65_HS1-834228961_62-HQ-83894_Section_4
Agency: FBI
Page 184
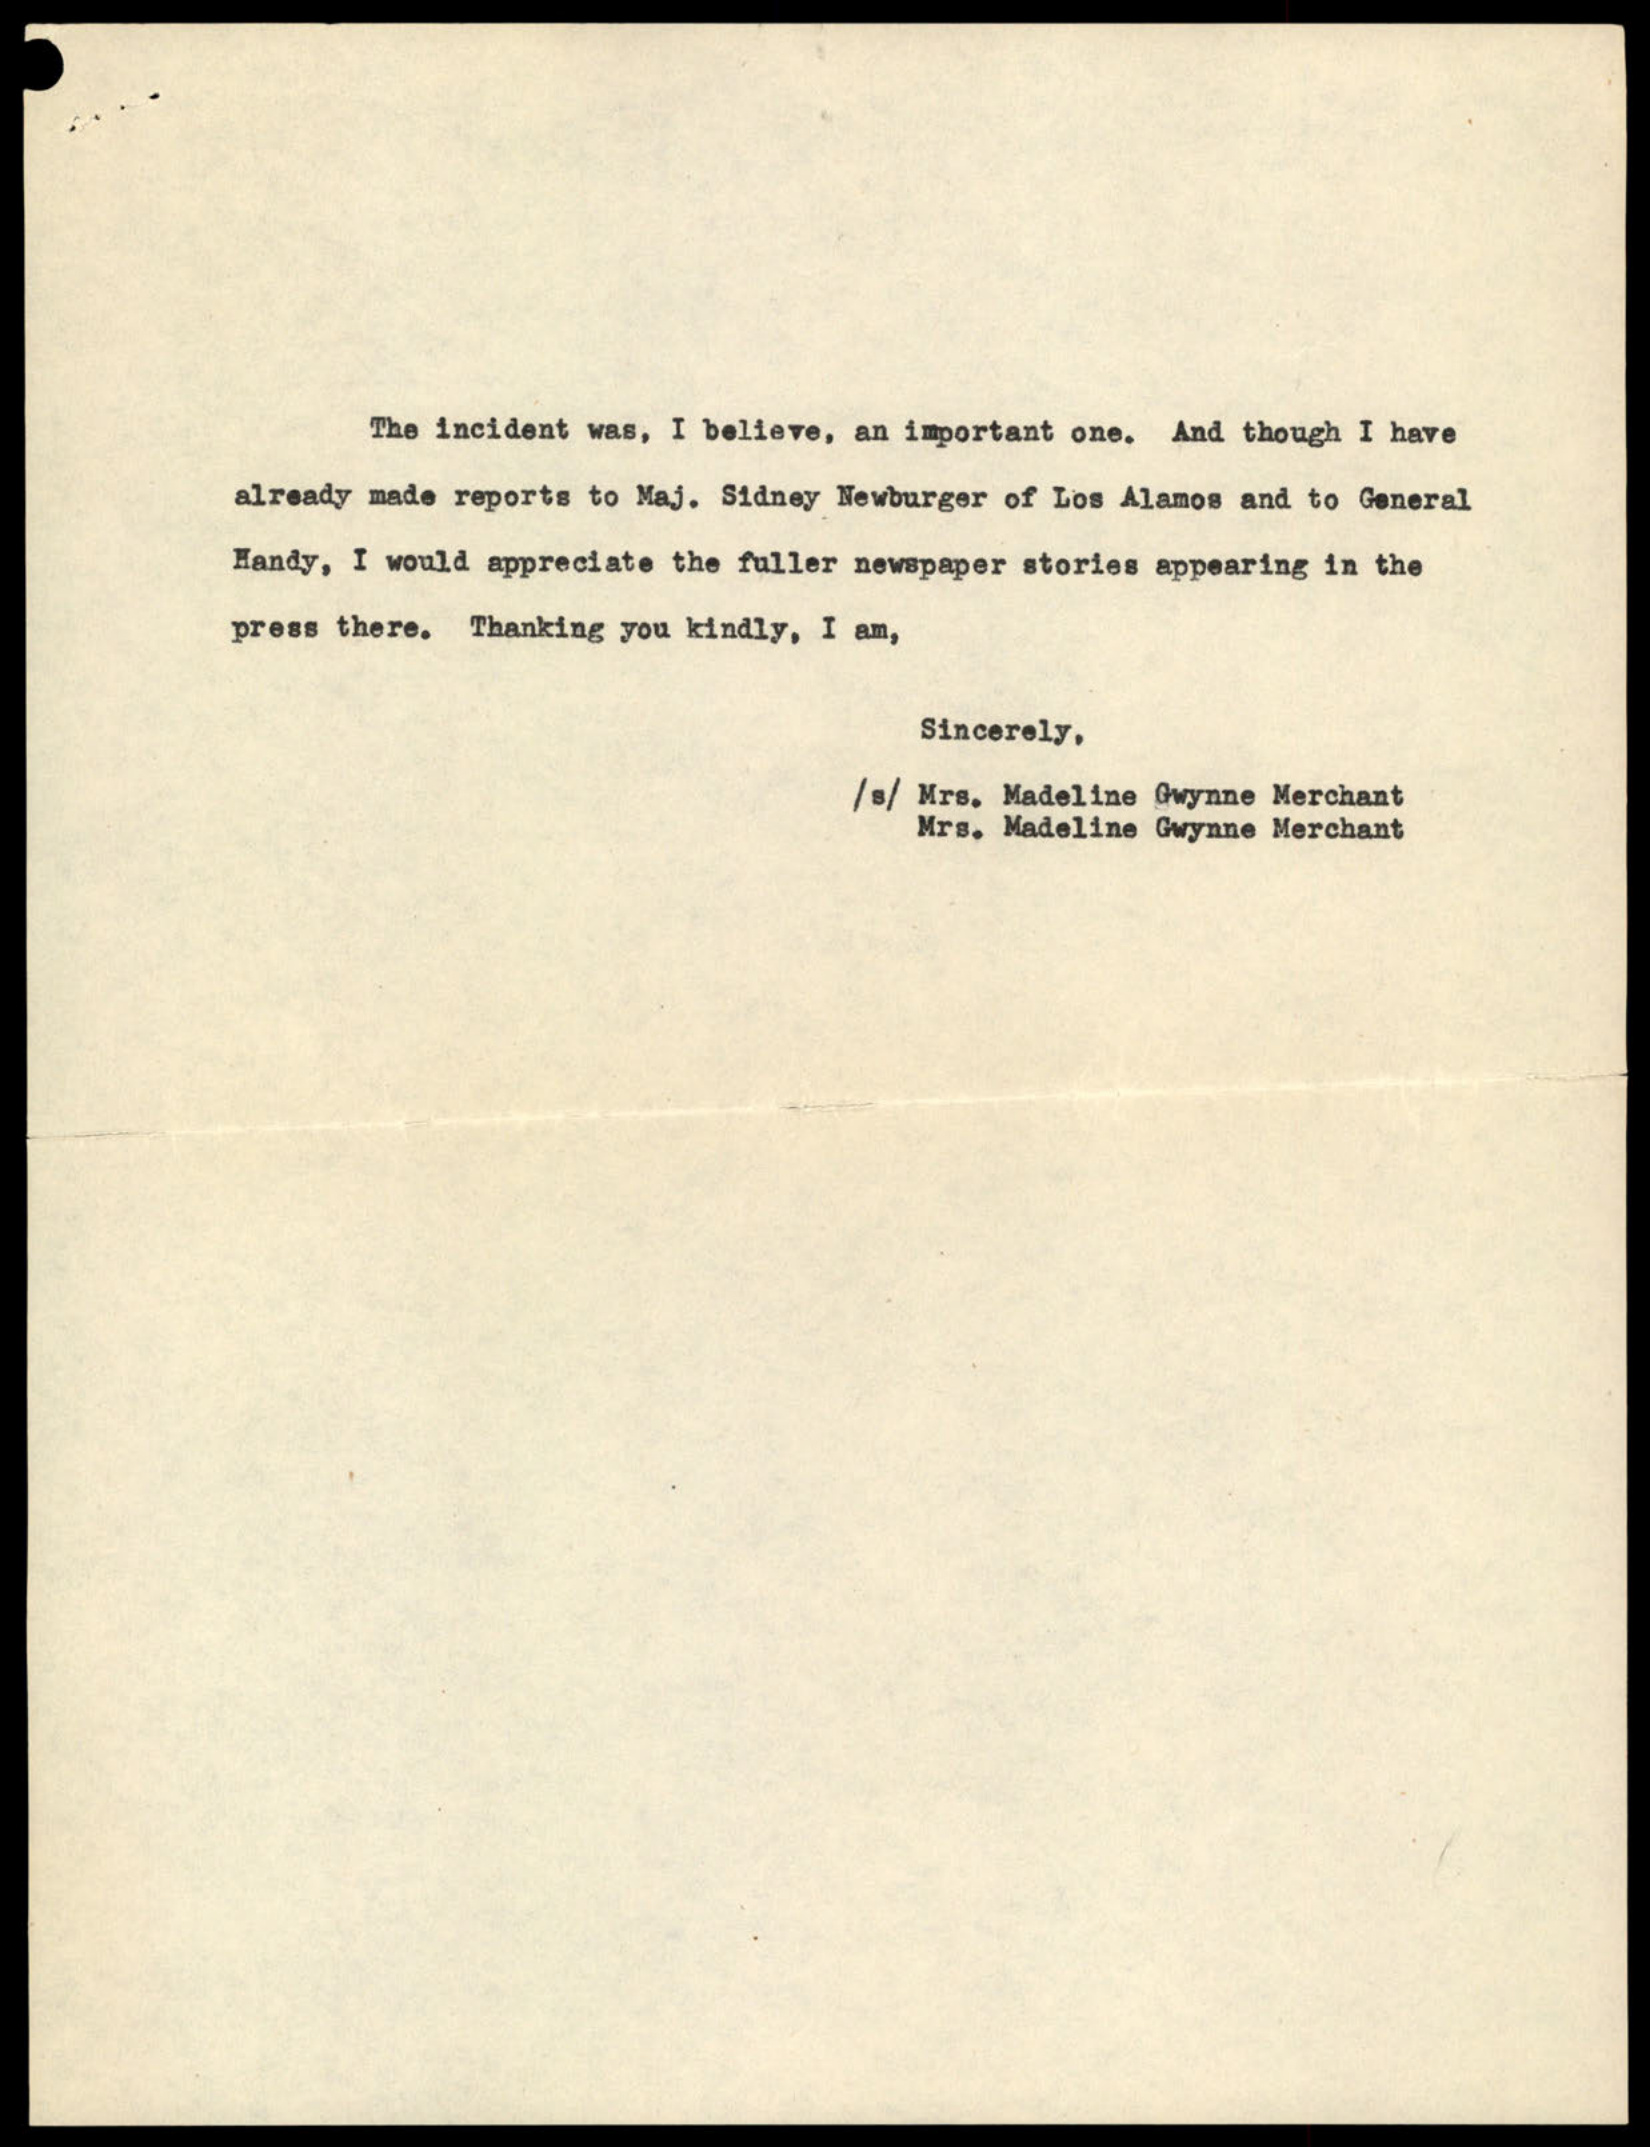